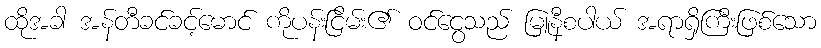
ထိုအခါ အန်တီခင်ခင့်မောင် ကိုပန်းငြိမ်း၏ ဝင်ငွေသည် မြူနီစပါယ် အရာရှိကြီးဖြစ်သော